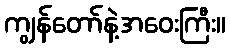
ကျွန်တော်နဲ့အဝေးကြီး။